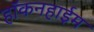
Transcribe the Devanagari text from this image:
हॉकनहाईम